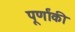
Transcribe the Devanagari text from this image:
पूर्णांकी